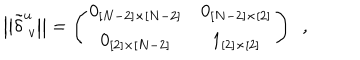
LaTeX: \big | \big | \tilde { \delta } _ { ~ v } ^ { u } \big | \big | = \left( \begin{matrix} { { 0 _ { [ N - 2 ] \times [ N - 2 ] } } } & { { 0 _ { [ N - 2 ] \times [ 2 ] } } } \\ { { 0 _ { [ 2 ] \times [ N - 2 ] } } } & { { 1 _ { [ 2 ] \times [ 2 ] } } } \\ \end{matrix} \right) ~ ~ ,